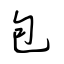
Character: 包